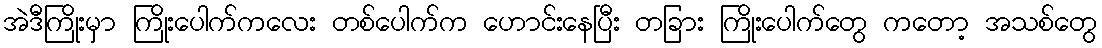
အဲဒီကြိုးမှာ ကြိုးပေါက်ကလေး တစ်ပေါက်က ဟောင်းနေပြီး တခြား ကြိုးပေါက်တွေ ကတော့ အသစ်တွေ